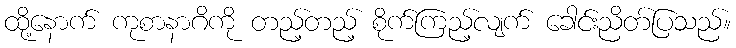
ထို့နောက် ကုစာနာဂိကို တည့်တည့် စိုက်ကြည့်လျက် ခေါင်းညိတ်ပြသည်။